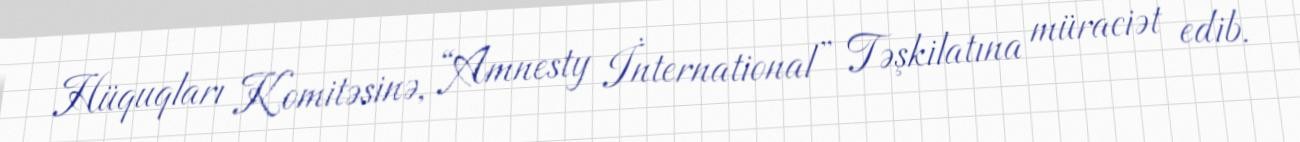
Hüquqları Komitəsinə, “Amnesty İnternational” Təşkilatına müraciət edib.